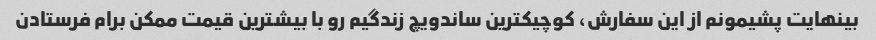
بینهایت پشیمونم از این سفارش، کوچیکترین ساندویچ زندگیم رو با بیشترین قیمت ممکن برام فرستادن